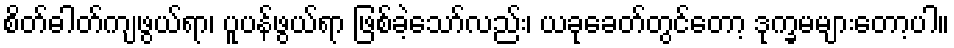
စိတ်ဓါတ်ကျဖွယ်ရာ၊ ပူပန်ဖွယ်ရာ ဖြစ်ခဲ့သော်လည်း၊ ယခုခေတ်တွင်တော့ ဒုက္ခမများတော့ပါ။